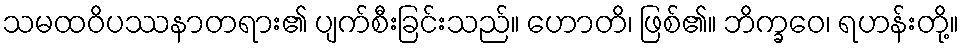
သမထဝိပဿနာတရား၏ ပျက်စီးခြင်းသည်။ ဟောတိ၊ ဖြစ်၏။ ဘိက္ခဝေ၊ ရဟန်းတို့။